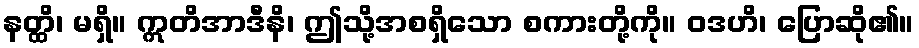
နတ္ထိ၊ မရှိ။ ဣတိအာဒီနိ၊ ဤသို့အစရှိသော စကားတို့ကို။ ဝဒဟိ၊ ပြောဆို၏။